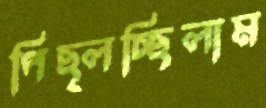
পিছ্‌লচ্ছিলাম